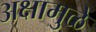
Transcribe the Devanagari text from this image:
अक्षामुळे